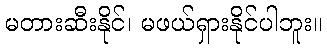
မတားဆီးနိုင်၊ မဖယ်ရှားနိုင်ပါဘူး။